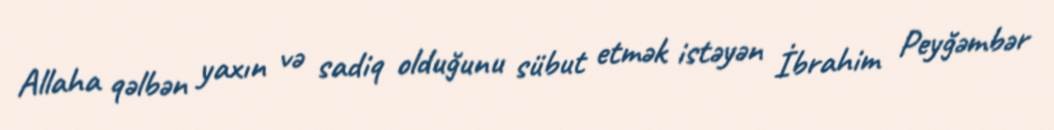
Allaha qəlbən yaxın və sadiq olduğunu sübut etmək istəyən İbrahim Peyğəmbər